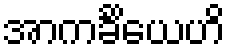
အာကင်္ခိယေဟိ